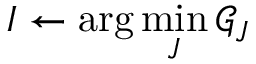
I \leftarrow \arg \operatorname* { m i n } _ { J } \mathcal { G } _ { J }